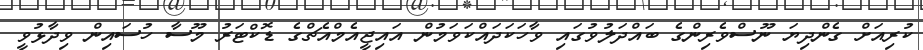
ކުރިއަށް ގެންދިޔަ ނޫސްވެރިންގެ ބައްދަލުވުގައި ވާހަކަދައްކަވަމުން އައިޖީއެމްއެޗްގެ ޑޮކްޓަރު މޫސާ ހުސައިން ވިދާޅުވީ